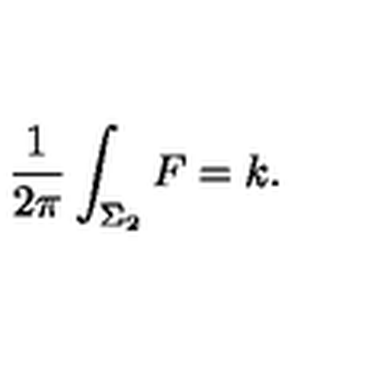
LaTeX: { \frac { 1 } { 2 \pi } } \int _ { \Sigma _ { 2 } } F = k .